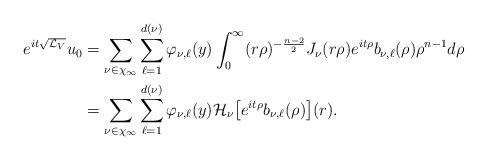
LaTeX: \begin{align*} e^{it\sqrt{\mathcal{L}_V}}u_0&=\sum_{\nu\in\chi_\infty}\sum_{\ell=1}^{d(\nu)}\varphi_{\nu,\ell}(y)\int_0^\infty(r\rho)^{-\frac{n-2}2}J_{\nu}(r\rho)e^{it\rho}b_{\nu,\ell}(\rho)\rho^{n-1}d\rho\\&=\sum_{\nu\in\chi_\infty}\sum_{\ell=1}^{d(\nu)}\varphi_{\nu,\ell}(y)\mathcal{H}_{\nu}\big[e^{it\rho}b_{\nu,\ell}(\rho)\big](r).\end{align*}